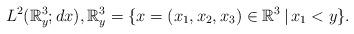
LaTeX: \begin{align*}L^2(\mathbb{R}_y^3;dx) , \mathbb{R}_y^3 = \{x = (x_1, x_2, x_3) \in \mathbb{R}^3\,|\, x_1 < y\}.\end{align*}